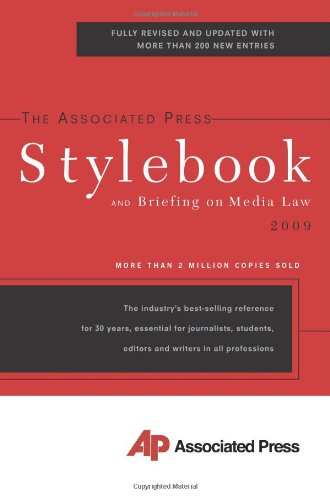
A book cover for The Associated Press Stylebook 2009 (Associated Press Stylebook & Briefing on Media Law); Law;